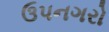
ઉપનગરો